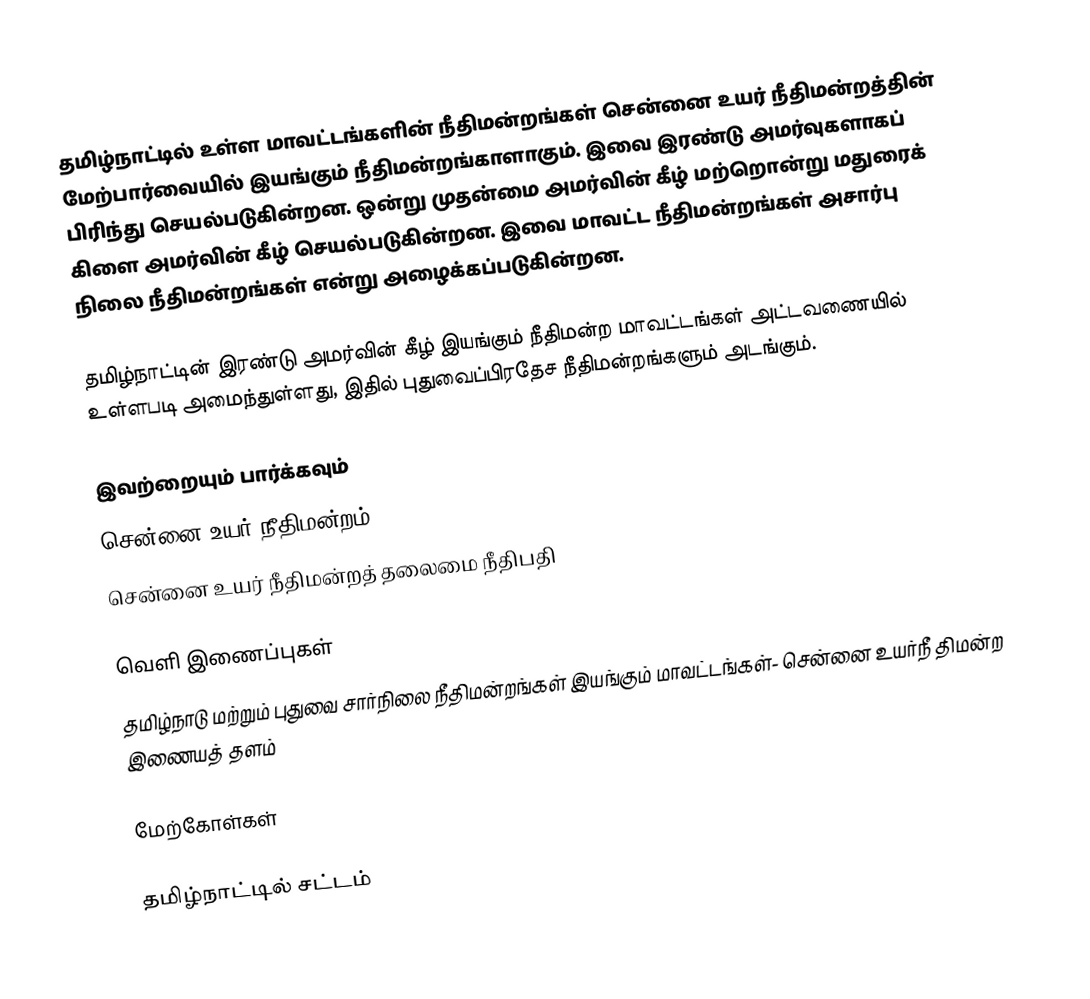
தமிழ்நாட்டில் உள்ள மாவட்டங்களின் நீதிமன்றங்கள் சென்னை உயர் நீதிமன்றத்தின் மேற்பார்வையில் இயங்கும் நீதிமன்றங்காளாகும். இவை இரண்டு அமர்வுகளாகப் பிரிந்து செயல்படுகின்றன. ஒன்று முதன்மை அமர்வின் கீழ் மற்றொன்று மதுரைக் கிளை அமர்வின் கீழ் செயல்படுகின்றன. இவை மாவட்ட நீதிமன்றங்கள் அசார்பு  நிலை நீதிமன்றங்கள் என்று அழைக்கப்படுகின்றன.

தமிழ்நாட்டின் இரண்டு அமர்வின் கீழ் இயங்கும் நீதிமன்ற மாவட்டங்கள் அட்டவணையில் உள்ளபடி அமைந்துள்ளது, இதில் புதுவைப்பிரதேச நீதிமன்றங்களும் அடங்கும்.

இவற்றையும் பார்க்கவும்
சென்னை உயர் நீதிமன்றம்
சென்னை உயர் நீதிமன்றத் தலைமை நீதிபதி

வெளி இணைப்புகள்
தமிழ்நாடு மற்றும் புதுவை சார்நிலை நீதிமன்றங்கள் இயங்கும் மாவட்டங்கள்- சென்னை உயர்நீ திமன்ற இணையத் தளம்

மேற்கோள்கள்

தமிழ்நாட்டில் சட்டம்